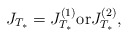
\begin{align*}J_{T_{*}} =J_{T_{*}}^{(1)} \textnormal{or} J_{T_{*}}^{(2)},\end{align*}